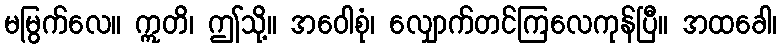
မမြွက်လေ။ ဣတိ၊ ဤသို့။ အဝေါစုံ၊ လျှောက်တင်ကြလေကုန်ပြီ။ အထခေါ၊